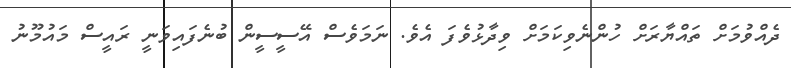
ދެއްވުމަށް ތައްޔާރަށް ހުންނެވިކަމަށް ވިދާޅުވެފަ އެވެ. ނަމަވެސް އޭސީސީން ބުނެފައިވަނީ ރައީސް މައުމޫނު